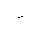
Letter: _dal